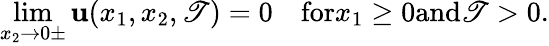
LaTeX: \operatorname*{lim}_{x_{2}\rightarrow0\pm}\mathbf{u}(x_{1},x_{2},\mathscr{T})=0\quad\textrm{{for}}x_{1}\geq0\textrm{{and}}\mathscr{T}>0.